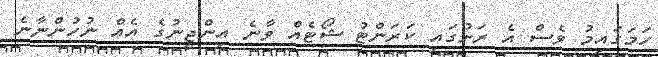
ހަމަގައިމު ވެސް އެ ރަށުގައި ކަރަންޓު ޝޯޓެއް ވާނެ އިންޖީނުގެ އެއް ނުހުންނާނެ